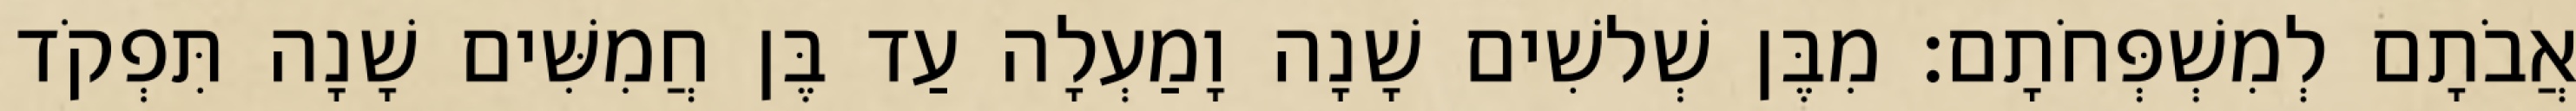
אֲבֹתָם לְמִשְׁפְּחֹתָם׃ מִבֶּן שְׁלשִׁים שָׁנָה וָמַעְלָה עַד בֶּן חֲמִשִּׁים שָׁנָה תִּפְקֹד